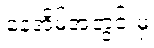
နေအိမ်အတွင်းမှ